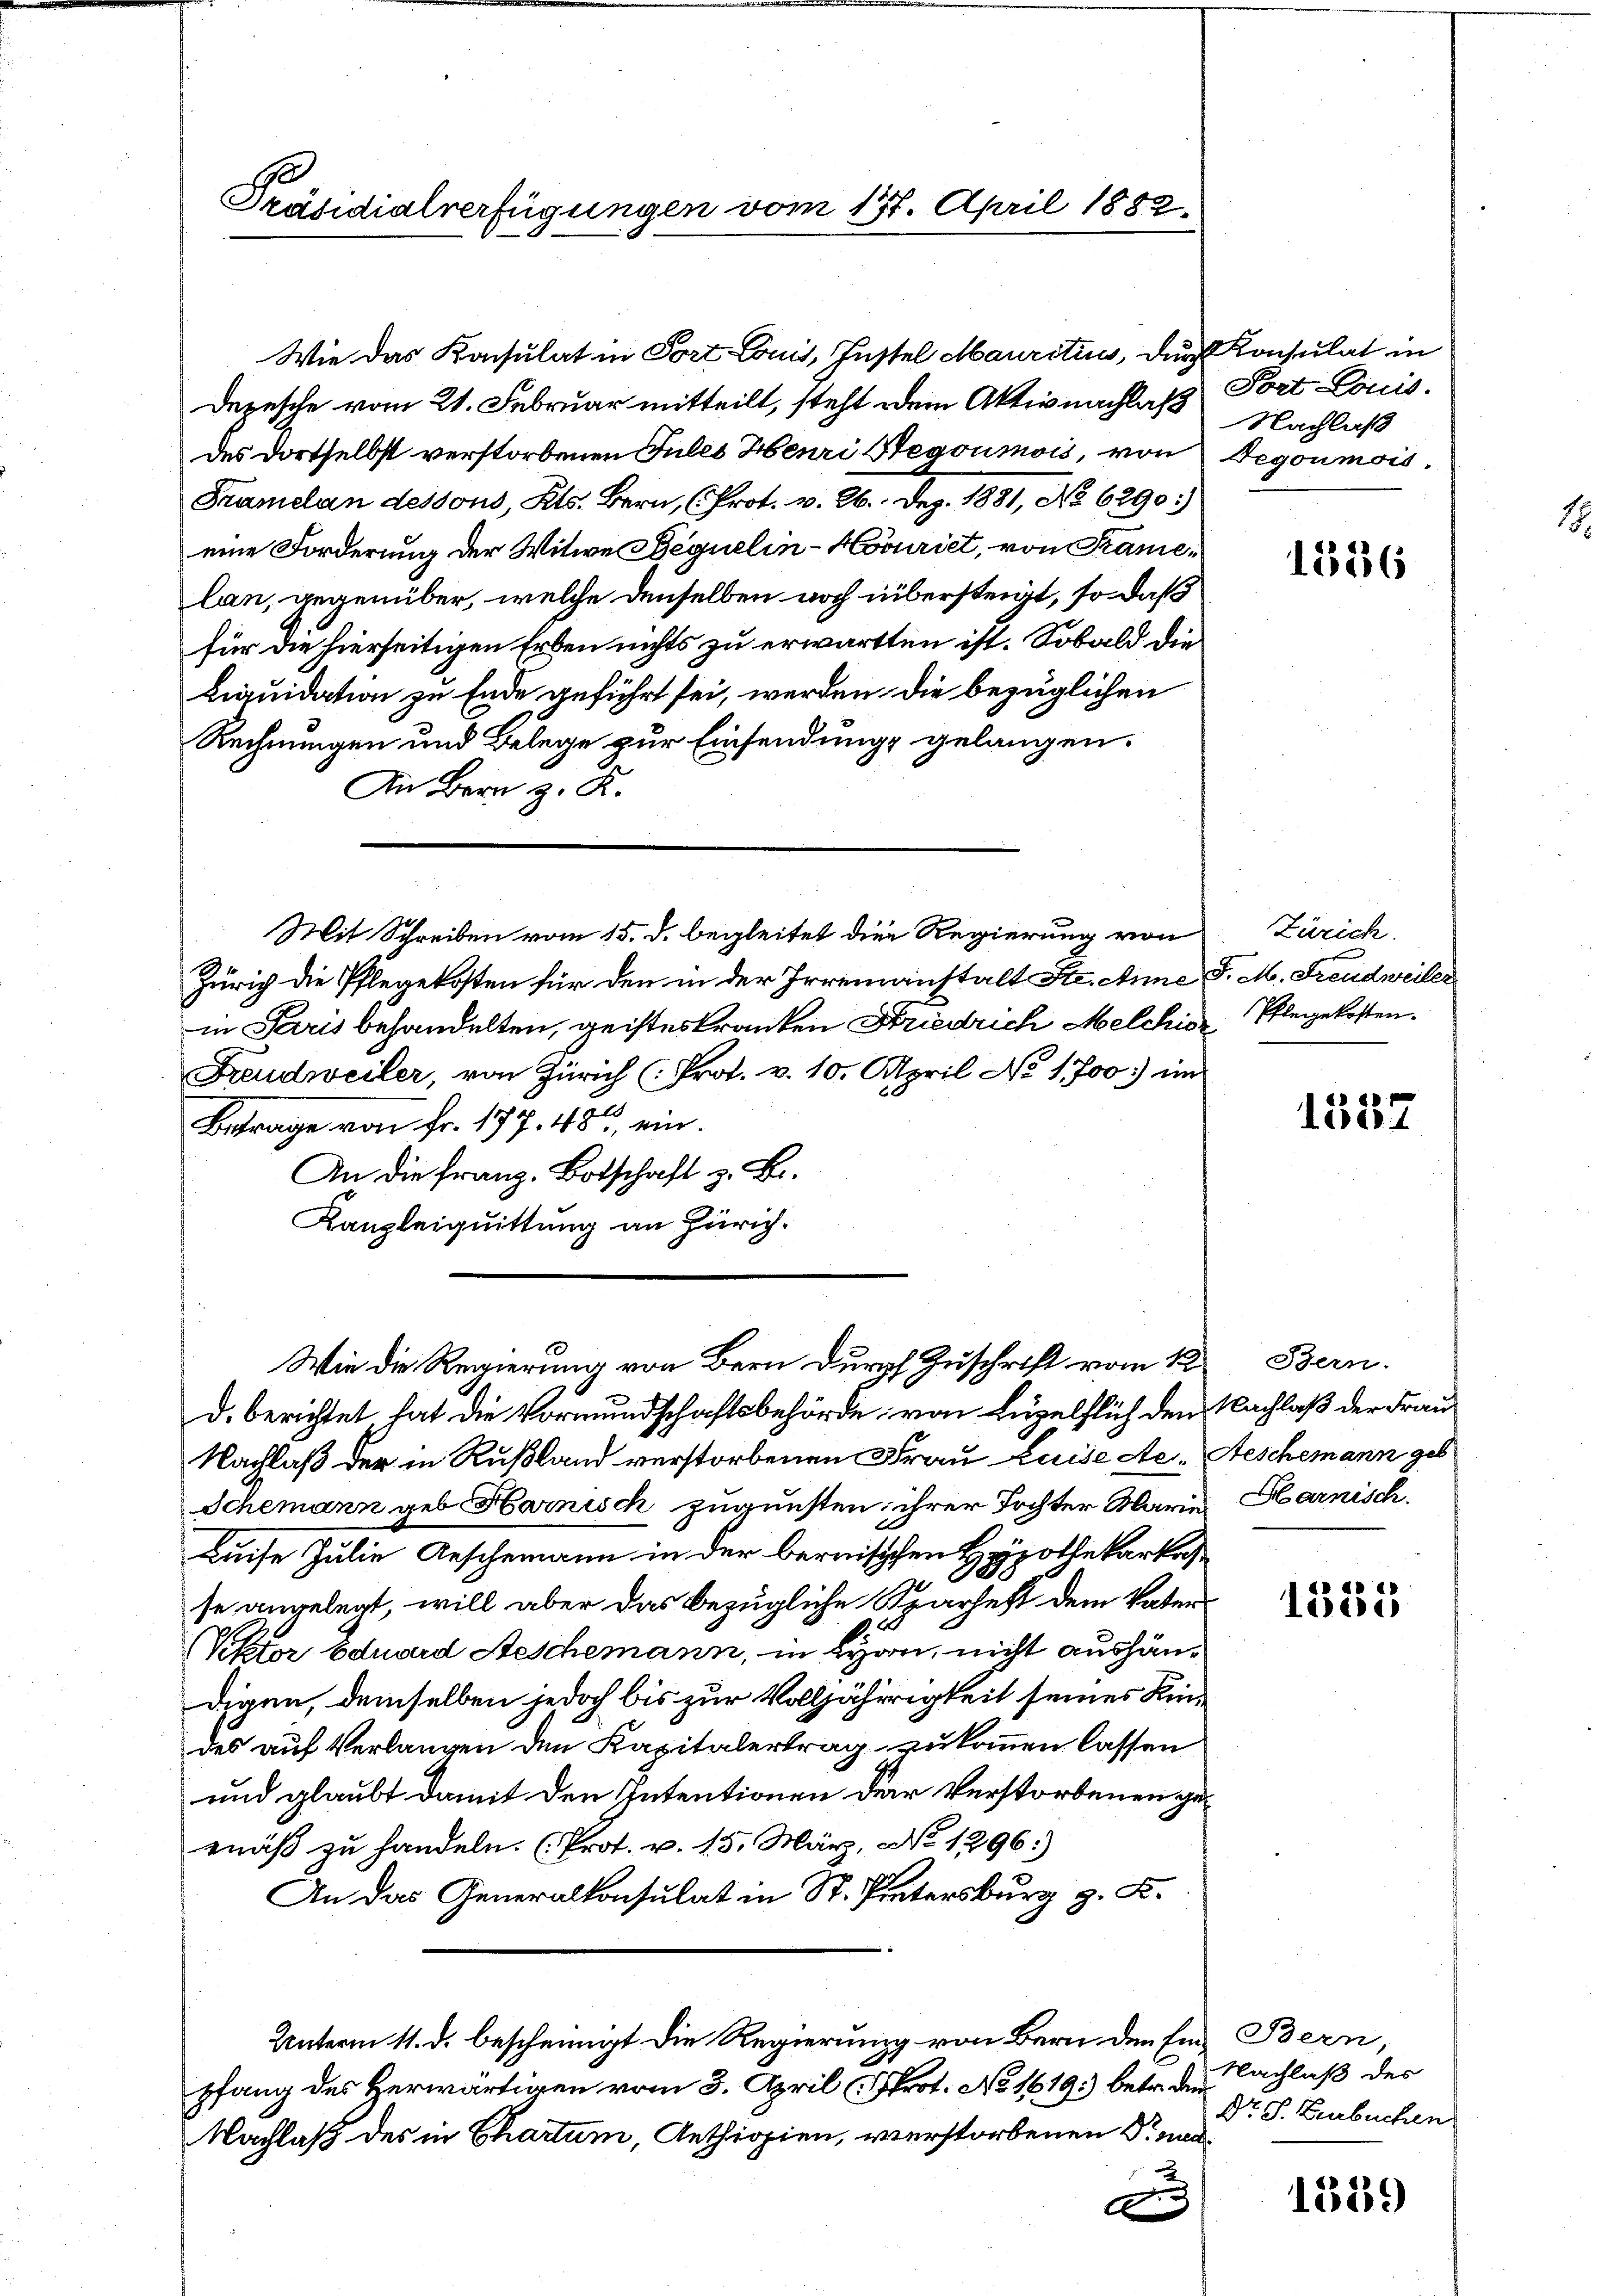
Präsidialverfügungen vom 137. April 1882,

Wie das Konsulat in Fort Louis, Justel Mauritius, durch Konsulat in
Depesche vom 21. Februar mitteilt, steht dem Aktiv nachlaß Port Louis
des dortselbst verstorbenen Jules Henri Segoumois, von Degoumois,
Framelan dessous, Kts. Bern, (Prot. v. 26. Dez. 1881, No 6290:)
eine Forderung der Witwe Bequelin-Hovuriet, von Kamelan, gegenüber, welche denselben noch übersteigt, so daß
für die hierseitigen Erben nichts zu erwartten ist. Sobald die
Liquidation zu Ende geführt sei, werden die bezüglichen
Rechnungen und Belege zur Einsendungs gelangen.
An Bern z. K.
Zürich die Pflegekosten für den in der Irrenanstalt Ste. Anne d. M. Freudweiler
in Paris behandelten, geisteskranken Friedrich Melchis-Pflegekosten.
Freudweiler, von Zürich (Prot. v. 10. April No 1,700.) in
Betrage von Fr. 177. 481, ein.
An die Franz. Botschaft z. B.
Kanzleiquittung an Zürich.
Wie die Regierung von Bern durch Zuschrift vom 12. Bern.
d. berichtet hat die Vormundschaftsbehörde von Luzelflich den Nachlaß der Frau
Nachlaß der in Rußland verstorbenen Frau Luise Ae- Geschemann ges
Schemann geb. Harnisch zugunsten ihrer Tochter Marie Harnisch.
Luise Julie Geschemann in der bernisischen Hypothekarkas
30
se angelegt, will aber das bezügliche Sparheft dem Vater
Viktor Eduard Aeschemann, in Lyon, nicht aushändigen, demselben jedoch bis zur Volljährigkeit seines Kindes auf Verlangen den Kapitalertrag zukommen lassen
und glaubt damit den Intentionen der Verstorbenen ge
mäß zu handeln. (Prot. v. 15. März, No 1296)
An das Generalkonsulat in St. Hintersburg z. K.
Unterm 11. d. bescheinigt die Regierung von Bern den Ein Bern,
pfang des Herwärtigen vom 3. April (Prot. No 1619) betr. den
Nachlaß des in Chartum, Aethiopien, verstorbenen Sr Mad¬

Mit Schreiben vom 15. d. begleitet die Regierung von Zürich

c

Nachlaß

1386

1537

f

1385

Nachlaß des
Dr. S. Zurbuchen

1339

1